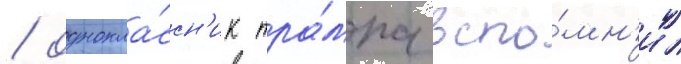
/ однокла́ссн'ик тра́мпа вспо́мн'ил